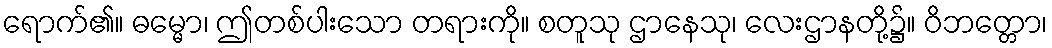
ရောက်၏။ ဓမ္မော၊ ဤတစ်ပါးသော တရားကို။ စတူသု ဌာနေသု၊ လေးဌာနတို့၌။ ဝိဘတ္တော၊